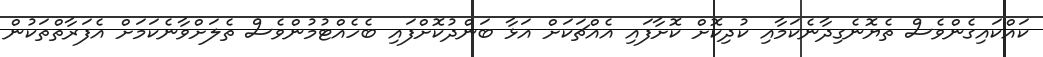
ކައްކައިގެންވެސް ތެޔޮނެގިދާނެކަމާއި ކުދިކޮށް ކޮށާފައި އެއްޗަކަށް އަޅާ ބަންދުކޮށްފައި ބެހެއްޓުމުންވެސް ތެލަށްވާނެކަމަށް އެފަރާތްތަކުން